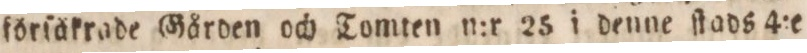
förſåkrade Gården och Tomten n:r 25 i denne ſlads 4:e